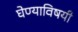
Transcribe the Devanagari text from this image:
घेण्‍याविषयी